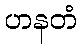
ဟနတံ